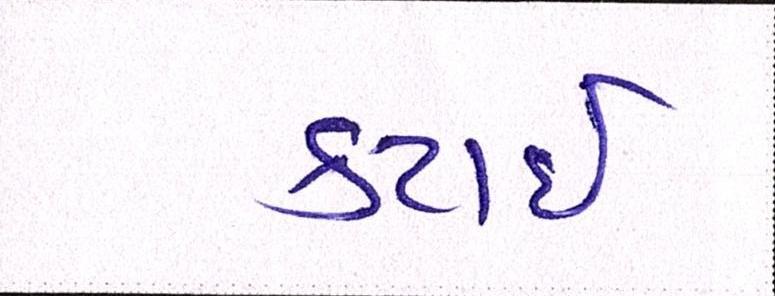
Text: કટાઈ